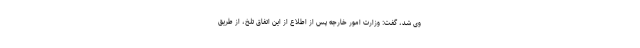
وی شد، گفت: وزارت امور خارجه پس از اطلاع از این اتفاق تلخ، از طریق